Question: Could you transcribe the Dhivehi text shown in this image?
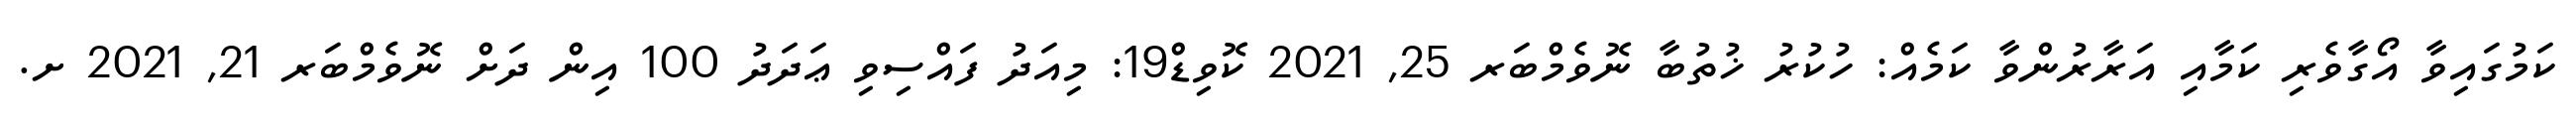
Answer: ކަމުގައިވާ އޯގާވެރި ކަމާއި އަރާރުންވާ ކަމެއް: ހުކުރު ޚުތުބާ ނޮވެމްބަރ 25, 2021 ކޮވިޑް19: މިއަދު ފައްސިވި ޢަދަދު 100 އިން ދަށް ނޮވެމްބަރ 21, 2021 ށ.